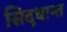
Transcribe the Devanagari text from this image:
सिद़धान्‍त